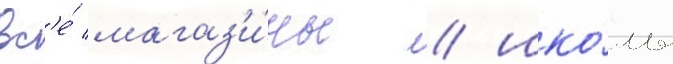
вс'е́ магаз'и́ны / шко́лы